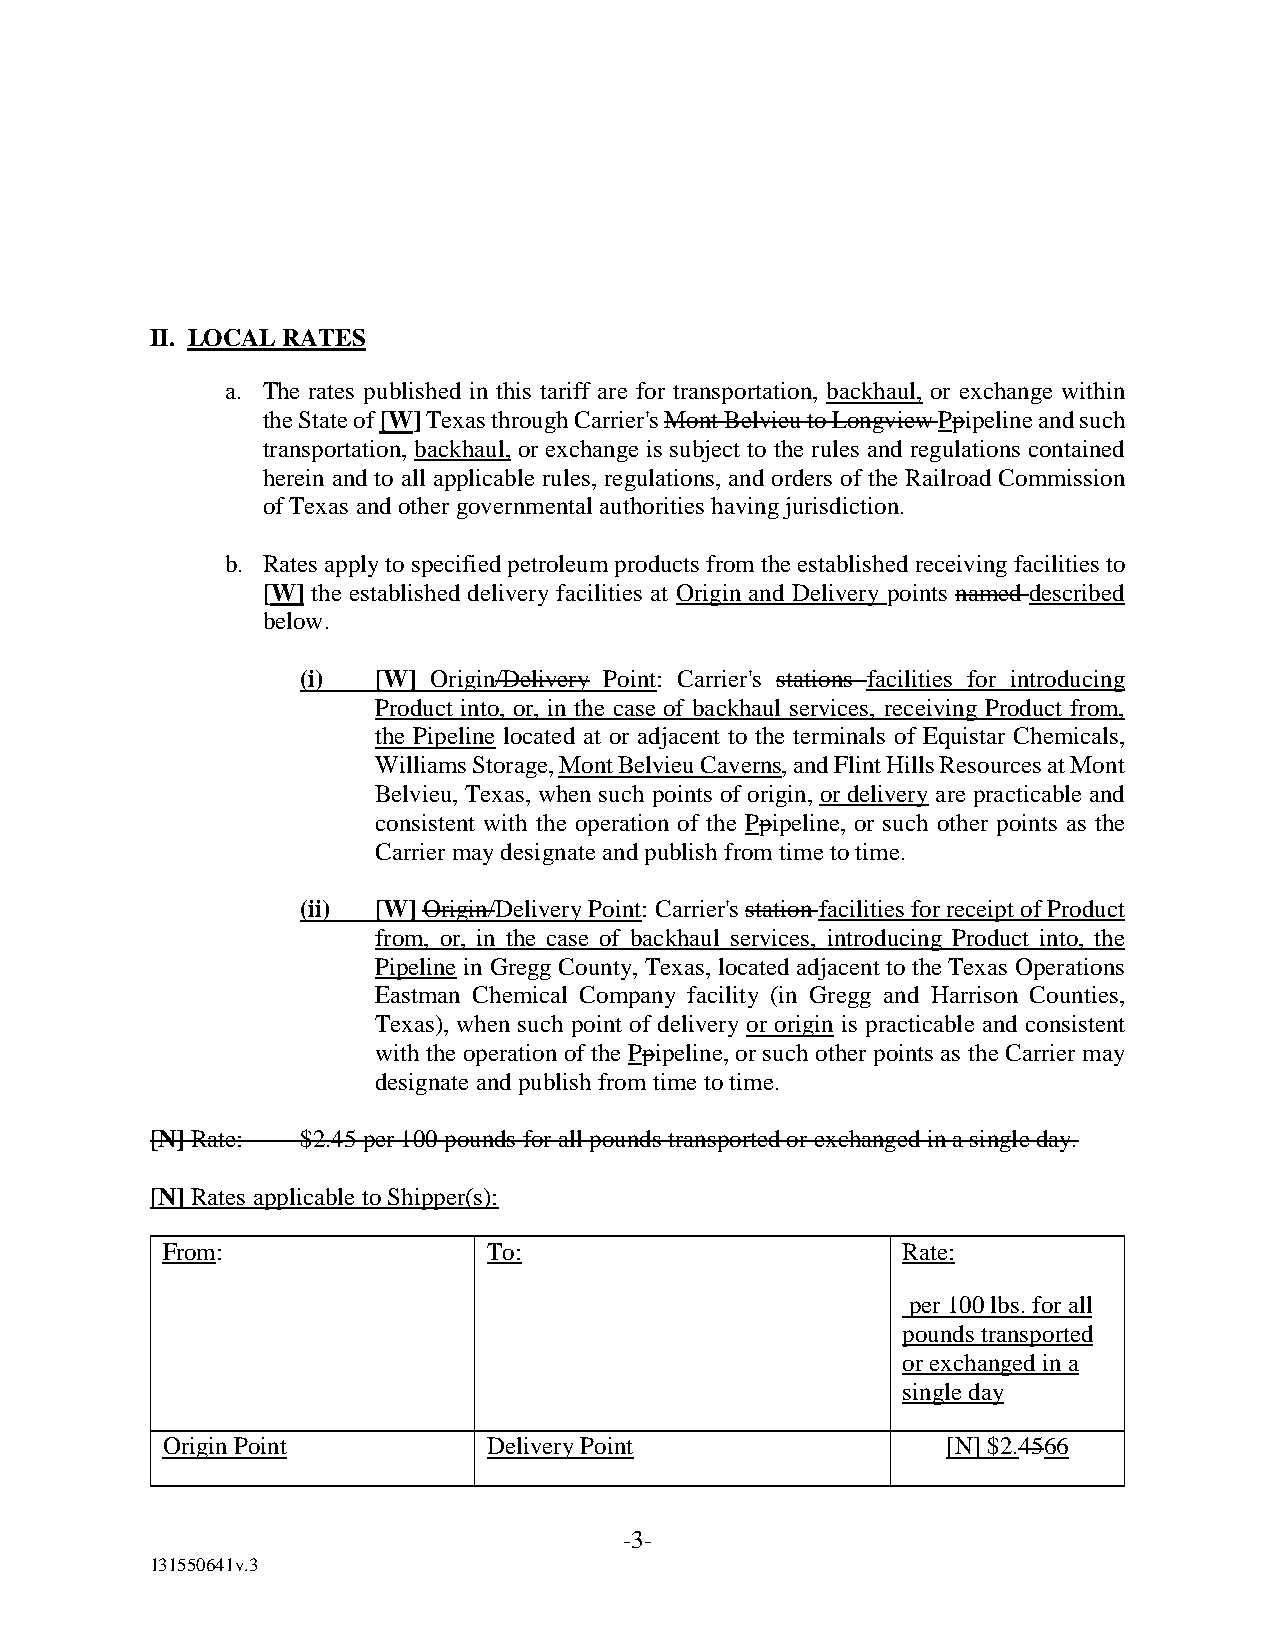
II. LOCAL RATES
 a. The rates published in this tariff are for transportation, backhaul, or exchange within
 the State of [W] Texas through Carrier's Mont Belvieu to Longview Ppipeline and such
 transportation, backhaul, or exchange is subject to the rules and regulations contained
 herein and to all applicable rules, regulations, and orders of the Railroad Commission
 of Texas and other governmental authorities having jurisdiction.
 b. Rates apply to specified petroleum products from the established receiving facilities to
 [W] the established delivery facilities at Origin and Delivery points named described
 below.
 (i)  [W] Origin/Delivery Point: Carrier's stations facilities for introducing
 Product into, or, in the case of backhaul services, receiving Product from,
 the Pipeline located at or adjacent to the terminals of Equistar Chemicals,
 Williams Storage, Mont Belvieu Caverns, and Flint Hills Resources at Mont
 Belvieu, Texas, when such points of origin, or delivery are practicable and
 consistent with the operation of the Ppipeline, or such other points as the
 Carrier may designate and publish from time to time.
 (ii) [W] Origin/Delivery Point: Carrier's station facilities for receipt of Product
 from, or, in the case of backhaul services, introducing Product into, the
 Pipeline in Gregg County, Texas, located adjacent to the Texas Operations
 Eastman Chemical Company facility (in Gregg and Harrison Counties,
 Texas), when such point of delivery or origin is practicable and consistent
 with the operation of the Ppipeline, or such other points as the Carrier may
 designate and publish from time to time.
 [N] Rate: $2.45 per 100 pounds for all pounds transported or exchanged in a single day.
 [N] Rates applicable to Shipper(s):
 From:                To:                         Rate:
 per 100 lbs. for all
 pounds transported
 or exchanged in a
 single day
 Origin Point         Delivery Point                 [N] $2.4566
 -3-
 131550641v.3